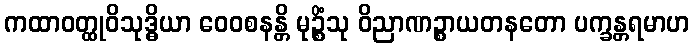
ကထာဝတ္ထုဝိသုဒ္ဓိယာ ဝေဝစနန္တိ မုဉ္စိံသု ဝိညာဏဉ္စာယတနတော ပက္ခန္တရမာဟ